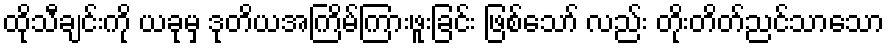
ထိုသီချင်းကို ယခုမှ ဒုတိယအကြိမ်ကြားဖူးခြင်း ဖြစ်သော် လည်း တိုးတိတ်ညင်သာသော